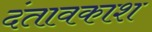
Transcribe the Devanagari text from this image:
दंतावकाश